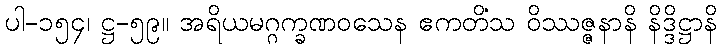
ပါ-၁၅၄၊ ဋ္ဌ-၅၉။ အရိယမဂ္ဂက္ခဏဝသေန ဧကတိံသ ဝိဿဇ္ဇနာနိ နိဒ္ဒိဋ္ဌာနိ